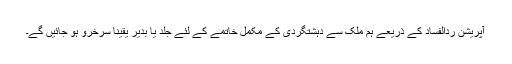
آپریشن ردالفساد کے ذریعے ہم ملک سے دہشتگردی کے مکمل خاتمے کے لئے جلد یا بدیر یقیناً سرخرو ہو جائیں گے۔